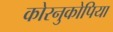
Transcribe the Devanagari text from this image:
कोरनुकोपिया